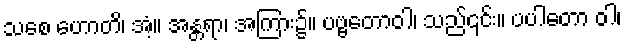
သစေ ဟောတိ၊ အံ့။ အန္တရာ၊ အကြား၌။ ပဗ္ဗတောဝါ၊ သည်၎င်း။ ပပါတော ဝါ၊